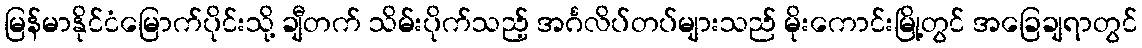
မြန်မာနိုင်ငံမြောက်ပိုင်းသို့ ချီတက် သိမ်းပိုက်သည့် အင်္ဂလိပ်တပ်များသည် မိုးကောင်းမြို့တွင် အခြေချရာတွင်